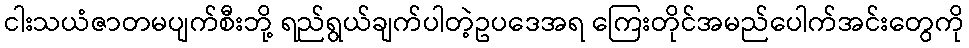
ငါးသယံဇာတမပျက်စီးဘို့ ရည်ရွယ်ချက်ပါတဲ့ဥပဒေအရ ကြေးတိုင်အမည်ပေါက်အင်းတွေကို